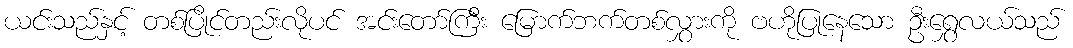
ယင်းသည်နှင့် တစ်ပြိုင်တည်းလိုပင် အင်းတော်ကြီး မြောက်ဘက်တစ်လွှားကို ဗဟိုပြုနေသော ဦးရွှေလယ်သည်